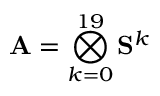
\mathbf { A } = \bigotimes _ { k = 0 } ^ { 1 9 } \mathbf { S } ^ { k }